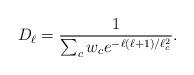
LaTeX: \begin{align*}D_\ell= {\frac{1}{\sum_c w_ce^{-\ell(\ell+1)/\ell_c^2}}}.\end{align*}